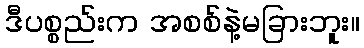
ဒီပစ္စည်းက အစစ်နဲ့မခြားဘူး။